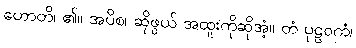
ဟောတိ၊ ၏။ အပိစ၊ ဆိုဖွယ် အထူးကိုဆိုအံ့။ တံ ပုဠဝကံ၊